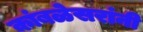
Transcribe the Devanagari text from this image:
कांबळेसरांनी